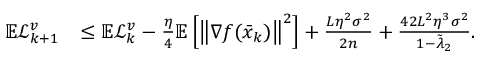
\begin{array} { r l } { \mathbb { E } \mathcal { L } _ { k + 1 } ^ { v } } & { \leq \mathbb { E } \mathcal { L } _ { k } ^ { v } - \frac { \eta } { 4 } \mathbb { E } \left[ \left\Vert \nabla f ( \bar { x } _ { k } ) \right\Vert ^ { 2 } \right] + \frac { L \eta ^ { 2 } \sigma ^ { 2 } } { 2 n } + \frac { 4 2 L ^ { 2 } \eta ^ { 3 } \sigma ^ { 2 } } { 1 - \tilde { \lambda } _ { 2 } } . } \end{array}